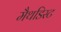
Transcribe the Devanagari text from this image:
मैथडिस्ट